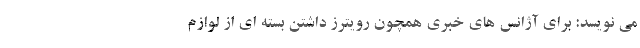
می نویسد: برای آژانس های خبری همچون رویترز داشتن بسته ای از لوازم